Malarial fevers
Disease focus: Malaria
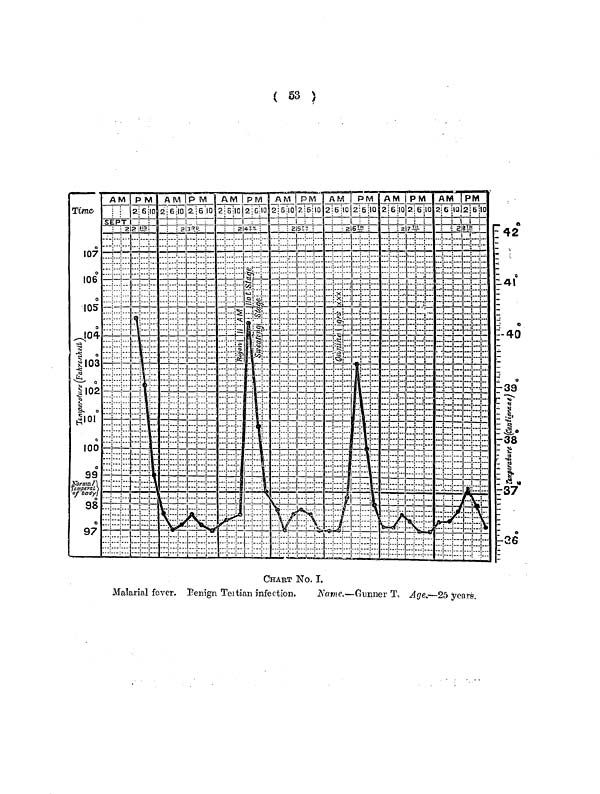
( 53 )
CHART No. I.
Malarial fever. Renign Teitian infection.
Name.—Gunner T, Age.—25 years.